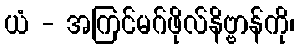
ယံ - အကြင်မဂ်ဖိုလ်နိဗ္ဗာန်ကို၊